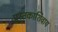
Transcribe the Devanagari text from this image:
पुस्तकाशिवाय